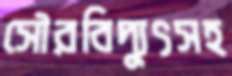
সৌরবিদ্যুৎসহ